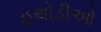
હથોડીઓ